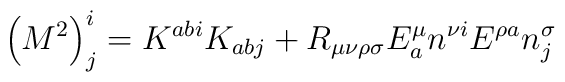
\left ( M^{2} \right )^{i}_{j} = K^{ab i}K_{ab j} + R_{\mu\nu\rho\sigma}E^{\mu}_{a}n^{\nu i}E^{\rho a}n^{\sigma}_{j}